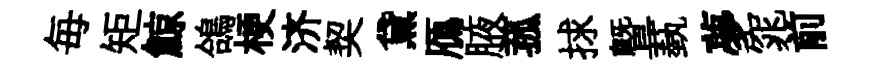
毎矩鯨鴿梗济契黛鴈腋菰捄暨蓺夢窕前